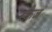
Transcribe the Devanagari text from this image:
स्क्रेज